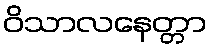
ဝိသာလနေတ္တာ